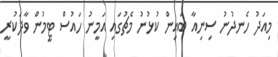
މިއަދު ހެނދުނު ސިނިއާ ބައިން ކުޅުނު މެޗުގައި އަމީނު ހައުސް ޓީމުން ވާދަކުރީ